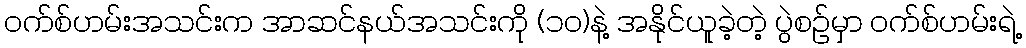
၀က်စ်ဟမ်းအသင်းက အာဆင်နယ်အသင်းကို (၁ဝ)နဲ့ အနိုင်ယူခဲ့တဲ့ ပွဲစဉ်မှာ ဝက်စ်ဟမ်းရဲ့